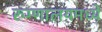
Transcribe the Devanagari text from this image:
रुग्णालयमध्ये